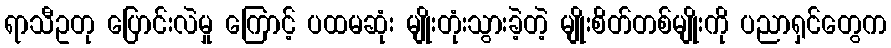
ရာသီဥတု ပြောင်းလဲမှု ကြောင့် ပထမဆုံး မျိုးတုံးသွားခဲ့တဲ့ မျိုးစိတ်တစ်မျိုးကို ပညာရှင်တွေက